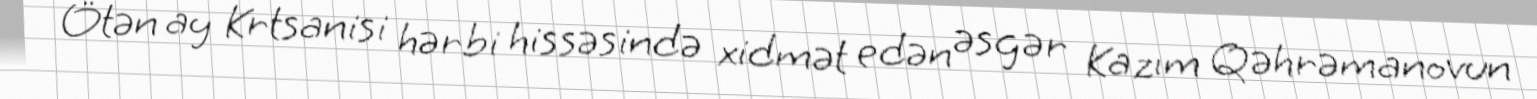
Ötən ay Krtsanisi hərbi hissəsində xidmət edən əsgər Kazım Qəhrəmanovun